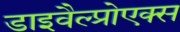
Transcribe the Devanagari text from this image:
डाइवैल्प्रोएक्स